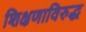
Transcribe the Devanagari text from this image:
शिक्षणाविरुद्ध